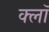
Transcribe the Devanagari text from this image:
क्लॉ